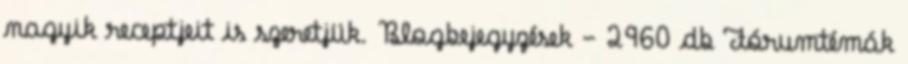
nagyik receptjeit is szeretjük. Blogbejegyzések - 2960 db Fórumtémák